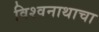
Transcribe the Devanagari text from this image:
विश्वनाथाचा